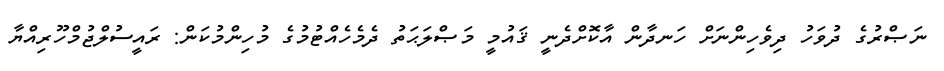
ނަޞްރުގެ ދުވަހު ދިވެހިންނަށް ހަނދާން އާކޮށްދެނީ ޤައުމީ މަޞްލަޙަތު ދެމެހެއްޓުމުގެ މުހިންމުކަން: ރައީސުލްޖުމްހޫރިއްޔާ